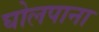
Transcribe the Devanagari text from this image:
घोलपाना